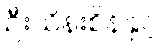
ဦးသိန်းစိန်နှင့်